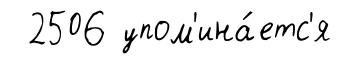
2506 упом'ина́етс'я